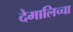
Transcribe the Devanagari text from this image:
देमालिच्चा